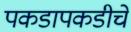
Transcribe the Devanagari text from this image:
पकडापकडीचे